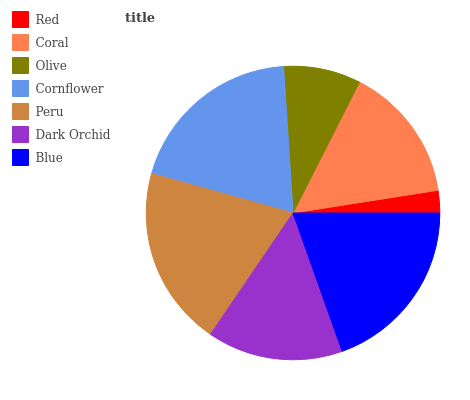
| Red | Coral | Olive | Cornflower | Peru | Dark Orchid | Blue |
 | --- | --- | --- | --- | --- | --- | --- |
 | 2.47% | 15.1% | 8.5% | 19.6% | 19.9% | 14.9% | 19.6% |